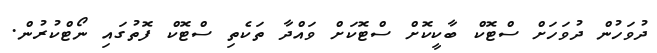
ދުވަހުން ދުވަހަށް ސްޓޮކް ބާކީކޮށް ސްޓޮކަށް ވައްދާ ތަކެތި ސްޓޮކް ފޮތުގައި ނޯޓްކުރުން.